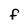
Character: F